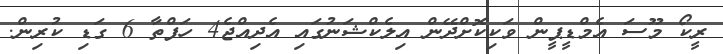
ރީކޯ މޫސަ އެމްޑީޕީން ވަކިކޮށްދޭން އިލެކްޝަނުގައި އެދިއްޖެ4 ހަފްތާ 6 ގަޑި ކުރިން.